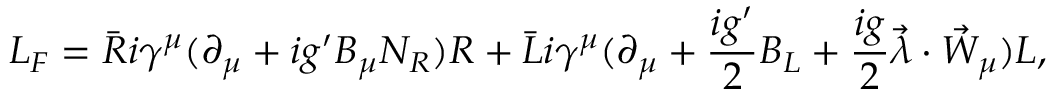
{ \cal L } _ { F } = \bar { R } i \gamma ^ { \mu } ( \partial _ { \mu } + i g ^ { \prime } B _ { \mu } N _ { R } ) R + \bar { L } i \gamma ^ { \mu } ( \partial _ { \mu } + \frac { i g ^ { \prime } } { 2 } B _ { L } + \frac { i g } { 2 } \vec { \lambda } \cdot \vec { W } _ { \mu } ) L ,